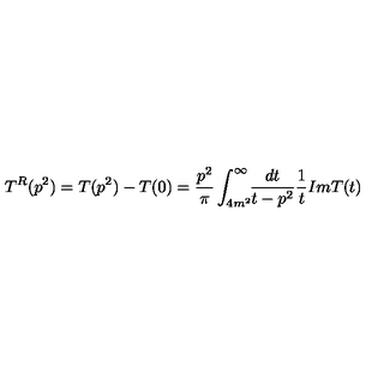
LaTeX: T ^ { R } ( p ^ { 2 } ) = T ( p ^ { 2 } ) - T ( 0 ) = \frac { p ^ { 2 } } { \pi } \int _ { 4 m ^ { 2 } } ^ { \infty } \! \! \frac { d t } { t - p ^ { 2 } } \frac { 1 } { t } I m T ( t )